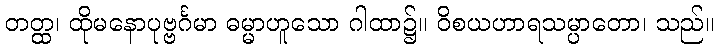
တတ္ထ၊ ထိုမနောပုဗ္ဗင်္ဂမာ ဓမ္မာဟူသော ဂါထာ၌။ ဝိစယဟာရသမ္ပာတော၊ သည်။